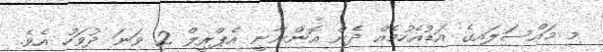
މި މައްސަލައިގެ އަޑުއެހުމެއް ދެން އޮންނާނީ އެޕްރީލް 2 ވަނަ ދުވަހު އެވެ.